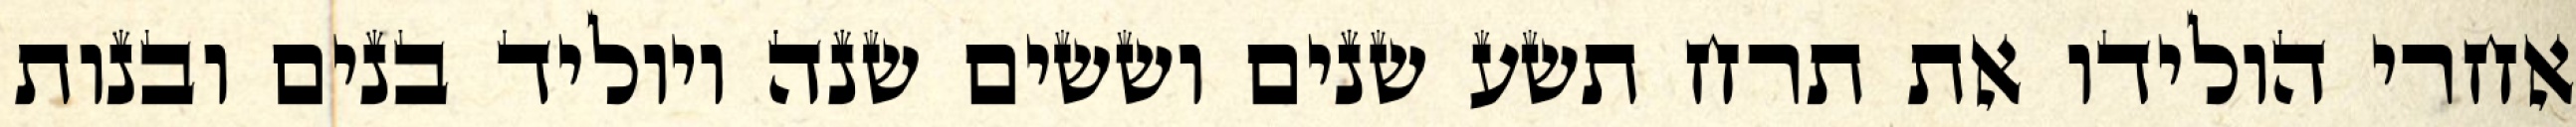
אחרי הולידו את תרח תשע שנים וששים שנה ויוליד בנים ובנות